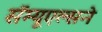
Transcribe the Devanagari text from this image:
सॅम्यूएल्सने